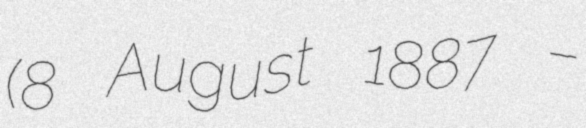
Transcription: (8 August 1887 –